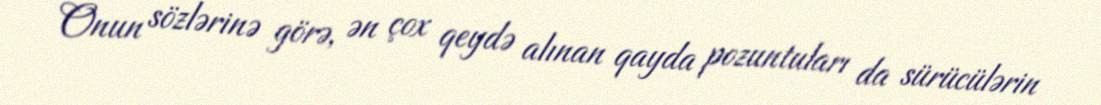
Onun sözlərinə görə, ən çox qeydə alınan qayda pozuntuları da sürücülərin